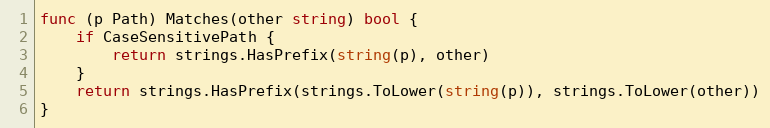
Language: Go
func (p Path) Matches(other string) bool {
	if CaseSensitivePath {
		return strings.HasPrefix(string(p), other)
	}
	return strings.HasPrefix(strings.ToLower(string(p)), strings.ToLower(other))
}